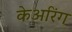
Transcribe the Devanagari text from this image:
केअरिंग